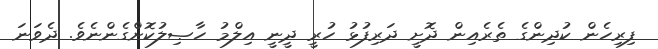
ފިރިހެން ކުދިންގެ ތެރެއިން ދޮށީ ދަރިފުޅު ހުރީ ދީނީ އިލްމު ހާޞިލުކޮށްގެންނެވެ. ދެވަނަ